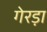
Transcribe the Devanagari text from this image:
गेरड़ा